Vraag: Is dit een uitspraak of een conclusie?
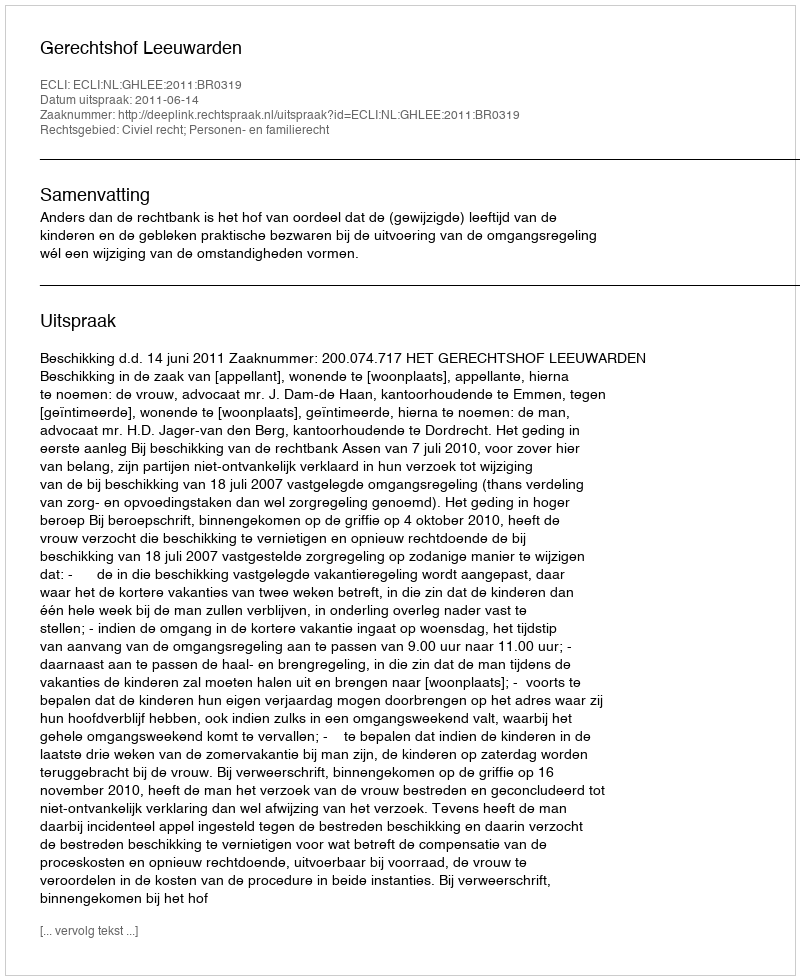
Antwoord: Uitspraak